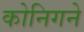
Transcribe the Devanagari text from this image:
कोनिगने